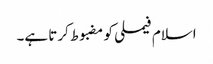
اسلام فیملی کو مضبوط کرتا ہے۔